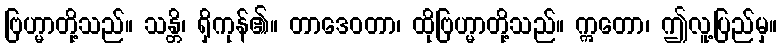
ဗြဟ္မာတို့သည်။ သန္တိ၊ ရှိကုန်၏။ တာဒေဝတာ၊ ထိုဗြဟ္မာတို့သည်။ ဣတော၊ ဤလူ့ပြည်မှ။